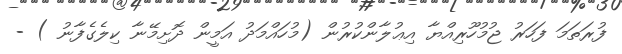
ފުރަތަމަ ފަހަރު ޖުމުހޫރިއްޔާ އިޢުލާންކުރުން (މުހައްމަދު އަމީން ދޮށިމޭނާ ކިލެގެފާނު ) -